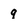
Character: 9